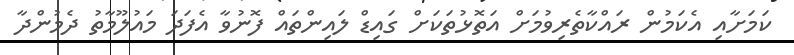
ކަމަށާއި އެކަމުން ރައްކާތެރިވުމަށް އަތޮޅުތަކަށް ގައިޑް ލައިންތައް ފޮނުވާ އެފަދަ މައުލޫމާތު ދެމުންދާ